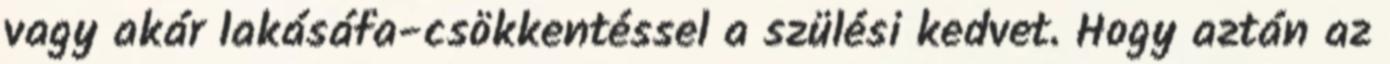
vagy akár lakás­áfa-csökkentéssel a szülési kedvet. Hogy aztán az